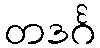
တဒင်္ဂ